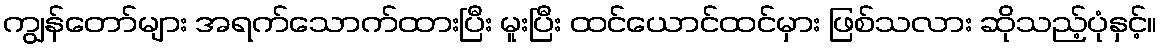
ကျွန်တော်များ အရက်သောက်ထားပြီး မူးပြီး ထင်ယောင်ထင်မှား ဖြစ်သလား ဆိုသည့်ပုံနှင့်။